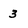
Character: 3